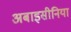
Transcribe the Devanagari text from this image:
अबाइसीनिया